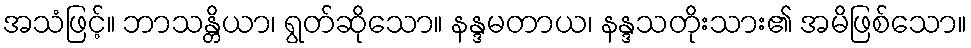
အသံဖြင့်။ ဘာသန္တိယာ၊ ရွတ်ဆိုသော။ နန္ဒမတာယ၊ နန္ဒသတိုးသား၏ အမိဖြစ်သော။